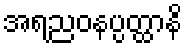
အရညဝနပ္ပတ္ထာနိ